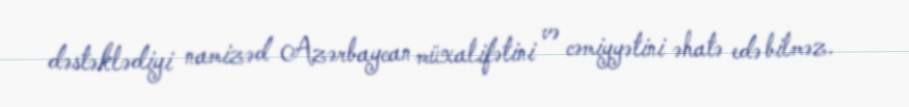
dəstəklədiyi namizəd Azərbaycan müxalifətini və cəmiyyətini əhatə edə bilməz.